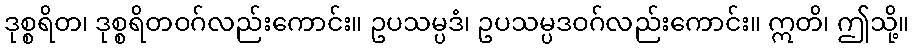
ဒုစ္စရိတ၊ ဒုစ္စရိတဝဂ်လည်းကောင်း။ ဥပသမ္ပဒံ၊ ဥပသမ္ပဒဝဂ်လည်းကောင်း။ ဣတိ၊ ဤသို့။